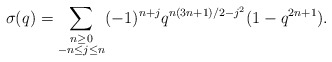
\begin{align*} \sigma(q) = \sum_{\substack{n \geq 0 \\ -n \leq j \leq n}} (-1)^{n+j}q^{n(3n+1)/2-j^2}(1-q^{2n+1}).\end{align*}